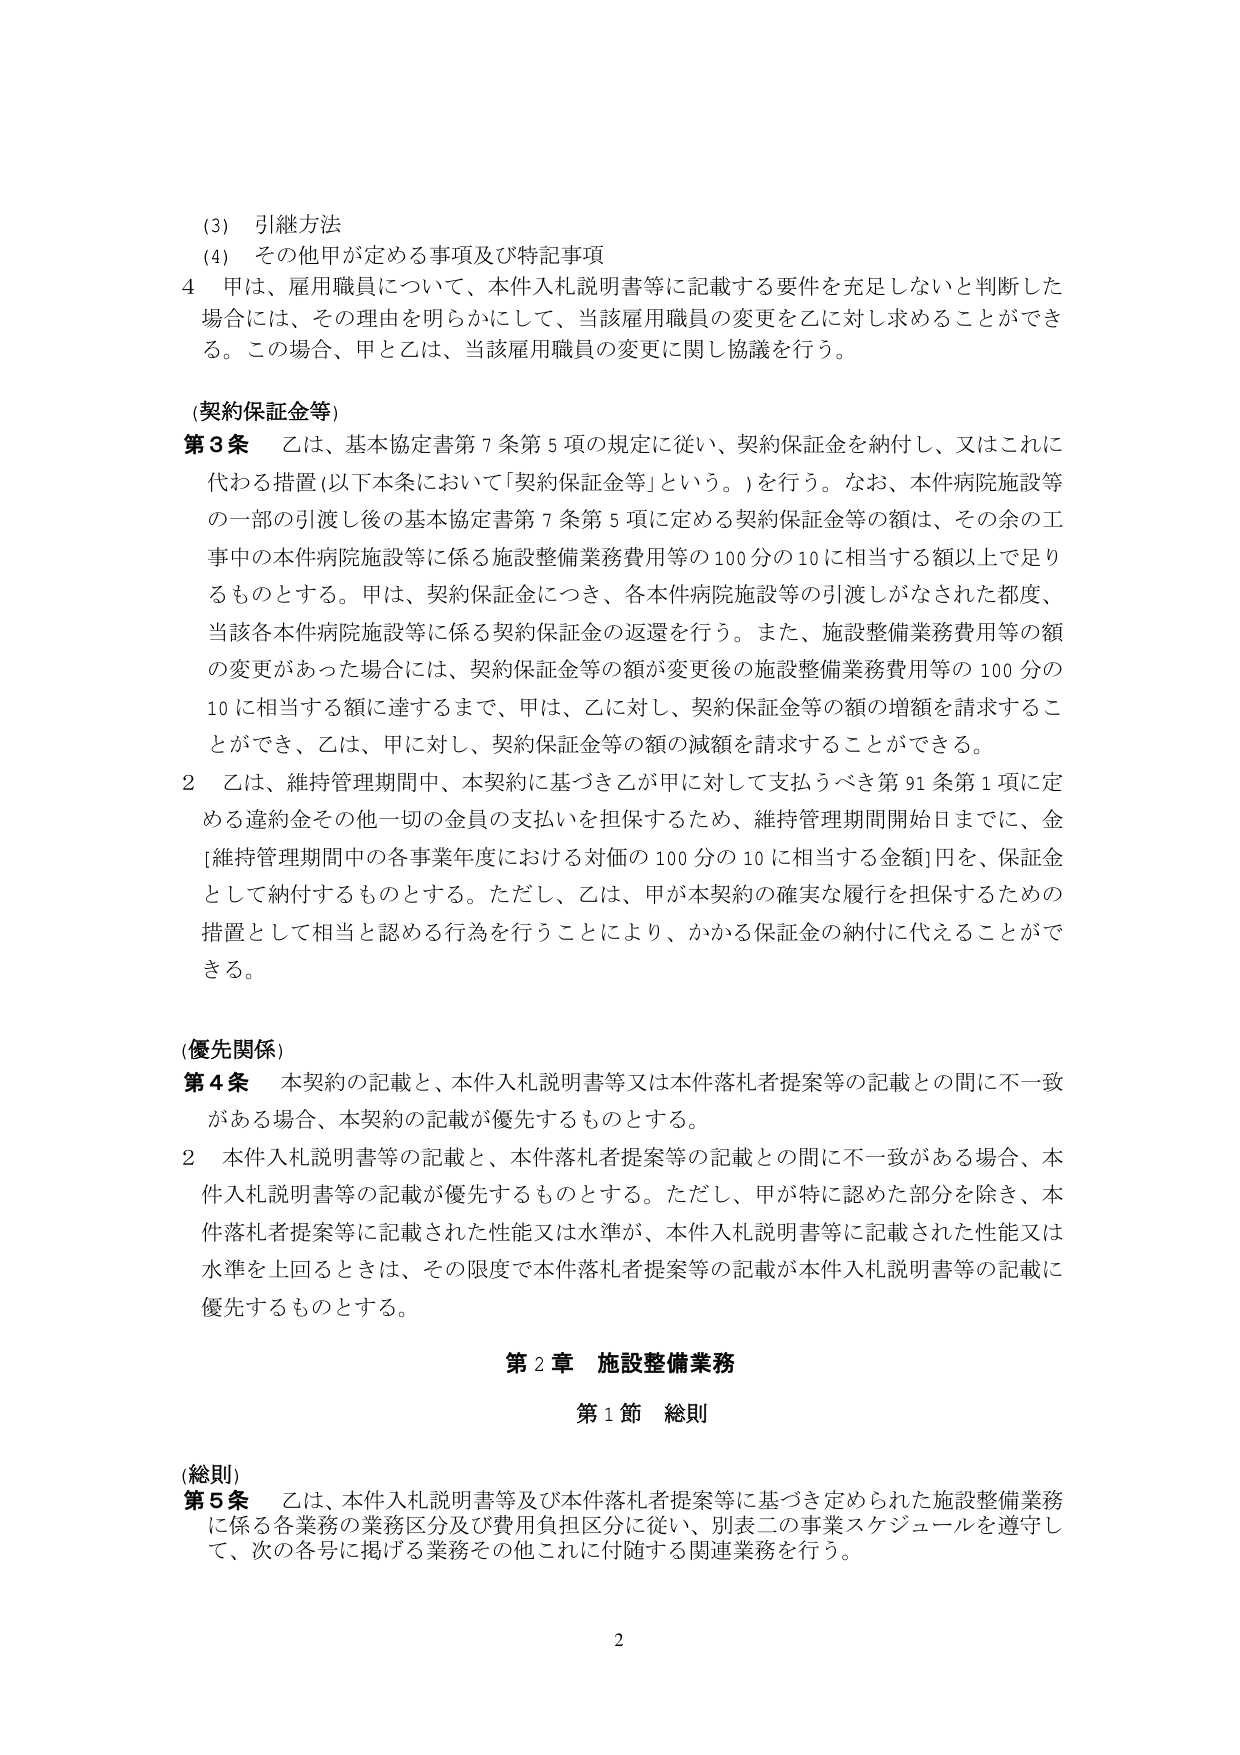
(3) 引継方法
(4) その他甲が定める事項及び特記事項
4 甲は、雇用職員について、本件入札説明書等に記載する要件を充足しないと判断した場合には、その理由を明らかにして、当該雇用職員の変更を乙に対し求めることができ る。この場合、甲と乙は、当該雇用職員の変更に関し協議を行う。

(契約保証金等)
第3条 乙は、基本協定書第7条第5項の規定に従い、契約保証金を納付し、又はこれに代わる措置（以下本条において「契約保証金等」という。）を行う。なお、本件病院施設等の一部の引渡し後の基本協定書第7条第5項に定める契約保証金等の額は、その余の工事中の本件病院施設等に係る施設整備業務費用等の100分の10に相当する額以上で足りるものとする。甲は、契約保証金につき、各本件病院施設等の引渡しがなされた都度、当該各本件病院施設等に係る契約保証金の返還を行う。また、施設整備業務費用等の額の変更があった場合には、契約保証金等の額が変更後の施設整備業務費用等の100分の10に相当する額に達するまで、甲は、乙に対し、契約保証金等の額の増額を請求することができ、乙は、甲に対し、契約保証金等の額の減額を請求することができる。
2 乙は、維持管理期間中、本契約に基づき乙が甲に対して支払うべき第91条第1項に定める違約金その他一切の金員の支払いを担保するため、維持管理期間開始日までに、金［維持管理期間中の各事業年度における対価の100分の10に相当する金額］円を、保証金として納付するものとする。ただし、乙は、甲が本契約の確実な履行を担保するための措置として相当と認める行為を行うことにより、かかる保証金の納付に代えることができる。

(優先関係)
第4条 本契約の記載と、本件入札説明書等又は本件落札者提案等の記載との間に不一致がある場合、本契約の記載が優先するものとする。
2 本件入札説明書等の記載と、本件落札者提案等の記載との間に不一致がある場合、本件入札説明書等の記載が優先するものとする。ただし、甲が特に認めた部分を除き、本件落札者提案等に記載された性能又は水準が、本件入札説明書等に記載された性能又は水準を上回るときは、その限度で本件落札者提案等の記載が本件入札説明書等の記載に優先するものとする。

第2章 施設整備業務
第1節 総則

(総則)
第5条 乙は、本件入札説明書等及び本件落札者提案等に基づき定められた施設整備業務に係る各業務の業務区分及び費用負担区分に従い、別表二の事業スケジュールを遵守して、次の各号に掲げる業務その他これに付随する関連業務を行う。

2